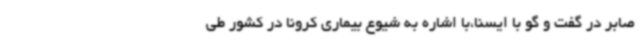
صابر در گفت و گو با ایسنا،با اشاره به شیوع بیماری کرونا در کشور طی